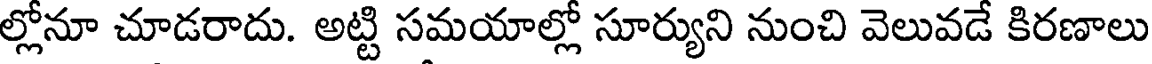
ల్లోనూ చూడరాదు. అట్టి సమయాల్లో సూర్యుని నుంచి వెలువడే కిరణాలు